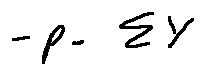
- p = \sum Y